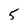
Character: 5